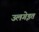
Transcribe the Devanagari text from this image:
उलगेइत